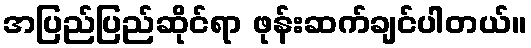
အပြည်ပြည်ဆိုင်ရာ ဖုန်းဆက်ချင်ပါတယ်။